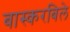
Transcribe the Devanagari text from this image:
बास्करबिले